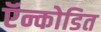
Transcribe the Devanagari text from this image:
ऍन्कोडित